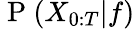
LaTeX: \mathrm{~P~}(X_{0:T}|f)